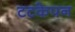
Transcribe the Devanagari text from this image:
टटकेपन